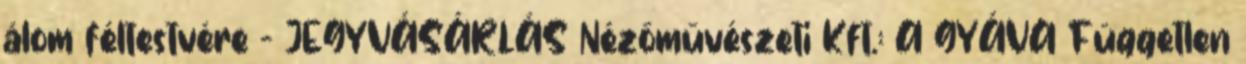
álom féltestvére - JEGYVÁSÁRLÁS Nézőművészeti Kft.: A GYÁVA Független